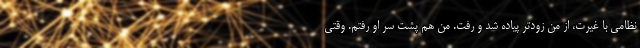
نظامی با غیرت، از من زودتر پیاده شد و رفت. من هم پشت سر او رفتم. وقتی